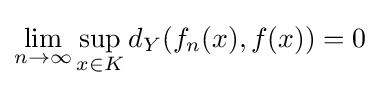
\lim _{n\rightarrow \infty }\sup _{x\in K}d_{Y}(f_{n}(x),f(x))=0